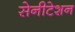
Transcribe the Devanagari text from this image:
सेनीटेशन